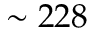
\sim 2 2 8